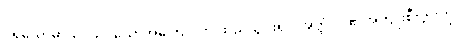
ပရိယောဓာယ၊ သင့်သောအကြေင်းကို ထည့်သွင်း၍။ အတ္ထံ၊ ငါ၏အကျိုးစီးပွားကို။